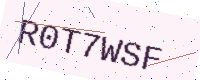
Text: R0T7WSF